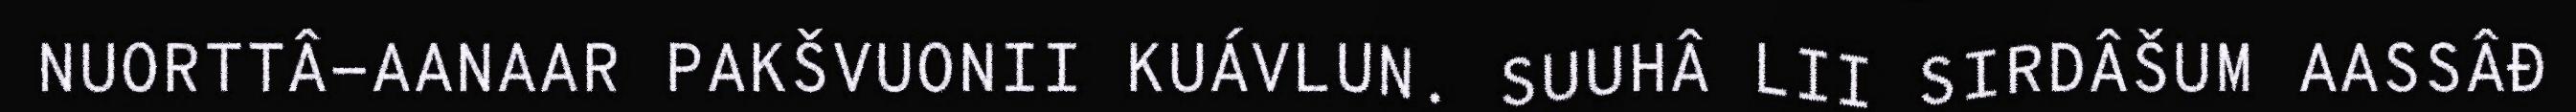
NUORTTÂ-AANAAR PAKŠVUONII KUÁVLUN. SUUHÂ LII SIRDÂŠUM AASSÂĐ